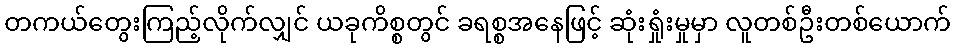
တကယ်တွေးကြည့်လိုက်လျှင် ယခုကိစ္စတွင် ခရစ္စအနေဖြင့် ဆုံးရှုံးမှုမှာ လူတစ်ဦးတစ်ယောက်